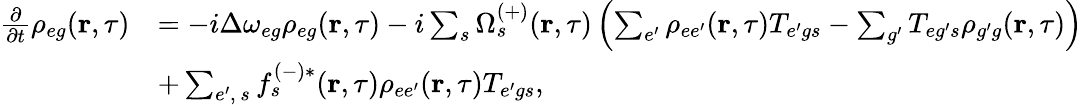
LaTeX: \begin{array}{rl}{\frac{\partial}{\partial t}\rho_{{eg}}(\textbf{r},\tau)}&{=-i\Delta\omega_{{eg}}\rho_{{eg}}(\textbf{r},\tau)-i\sum_{s}\Omega_{s}^{(+)}(\textbf{r},\tau)\left(\sum_{e^{\prime}}\rho_{{ee^{\prime}}}(\textbf{r},\tau)T_{{e^{\prime}g}s}-\sum_{g^{\prime}}T_{{eg^{\prime}}s}\rho_{{g^{\prime}g}}(\textbf{r},\tau)\right)}\\ &{+\sum_{e^{\prime},\, s}f_{s}^{(-)*}(\textbf{r},\tau)\rho_{{ee^{\prime}}}(\textbf{r},\tau)T_{{e^{\prime}g}s},}\end{array}